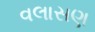
વલાસણ